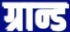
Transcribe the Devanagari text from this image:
ग्रान्ड